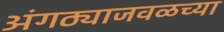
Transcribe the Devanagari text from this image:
अंगठ्याजवळच्या